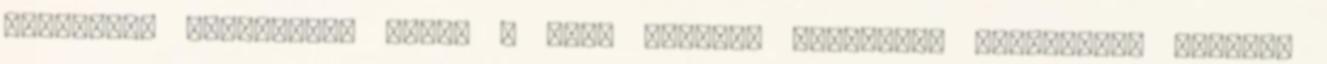
elutasító határozata ellen A III. kerület ellenzéki képviselői szerint